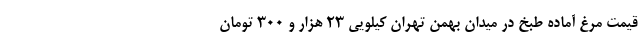
قیمت مرغ آماده طبخ در میدان بهمن تهران کیلویی ۲۳ هزار و ۳۰۰ تومان